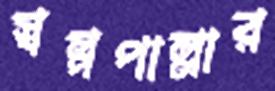
স্বল্পপাল্লার